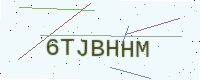
Text: 6TJBHHM